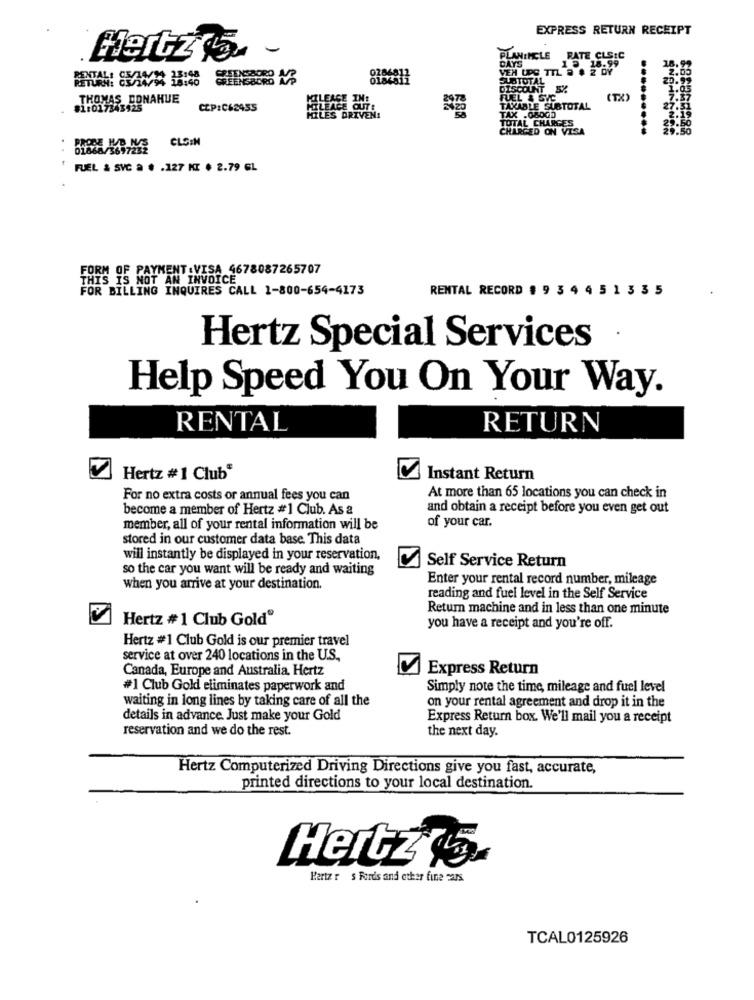
EXPRESS RETURN RECEIPT
Hertz'5 -
PLANINCLE RATE CLS:C
DAYS
1 2 18.99
VEN UPS TIL @ $ 2 DY
GREENSBORO ME
SUBTOTAL
20.
DISCOUNT
THOMAS DONAHUE
FUEL & SVC
(TX)
CCP:C62455
TAXABLE SUBTOTAL
27.
TOTAL CHARGES
TAX .08000
CHARGED ON VISA
CLS:N
. .
FUEL & SVC a . . 127 KI . 2.79 GL
FORM OF PAYMENT &VISA 4678087265707
THIS IS NOT AN INVOICE
FOR BILLING INQUIRES CALL 1-800-654-4173
RENTAL RECORD # 9 3 4 4 5 1 335
Hertz Special Services
Help Speed You On Your Way.
RENTAL
RETURN
Hertz #1 Club"
Instant Return
For no extra costs or annual fees you can
At more than 65 locations you can check in
become a member of Hertz #1 Club. As a
and obtain a receipt before you even get out
of your car.
member, all of your rental information will be
stored in our customer data base. This data
will instantly be displayed in your reservation,
so the car you want will be ready and waiting
Self Service Return
Enter your rental record number, mileage
when you arrive at your destination.
reading and fuel level in the Self Service
Return machine and in less than one minute
Hertz # 1 Club Gold®
you have a receipt and you're off.
Hertz #1 Club Gold is our premier travel
service at over 240 locations in the U.S.
Canada, Europe and Australia. Hertz
Express Return
#1 Club Gold eliminates paperwork and
Simply note the time, mileage and fuel level
waiting in long lines by taking care of all the
on your rental agreement and drop it in the
details in advance. Just make your Gold
Express Return box. We'll mail you a receipt
reservation and we do the rest.
the next day.
Hertz Computerized Driving Directions give you fast, accurate,
printed directions to your local destination.
Hertz w.
Partz r s Finds and other fine cars
TCAL0125926